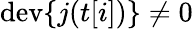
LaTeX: \mathrm{dev}\{ j(t[i])\} \ne 0